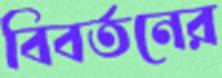
বিবর্তনের